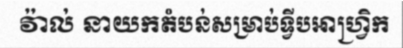
វ៉ាល់ នាយកតំបន់សម្រាប់ទ្វីបអាហ្វ្រិក